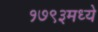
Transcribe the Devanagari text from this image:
१७९३मध्ये